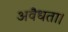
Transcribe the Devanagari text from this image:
अवैधता।